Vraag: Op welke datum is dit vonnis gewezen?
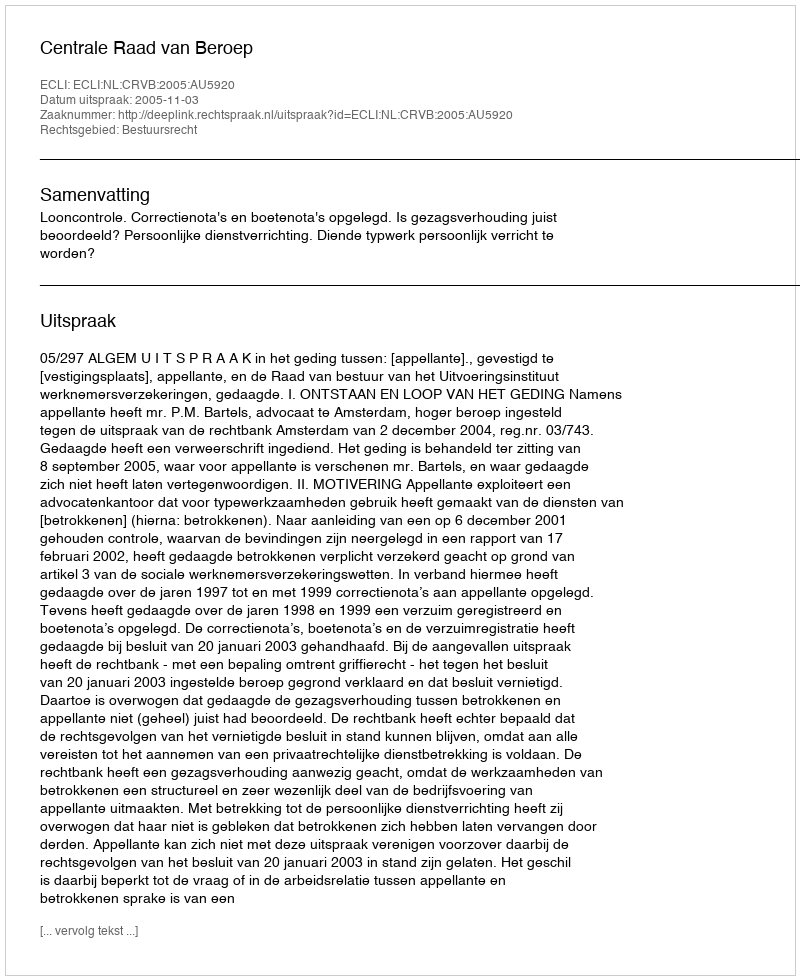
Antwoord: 2005-11-03